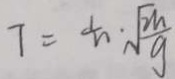
T = \frac { 1 } { n } \cdot \sqrt { \frac { 2 h } { g } }